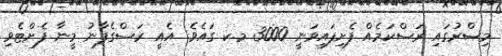
މިޞްރުގައި ރަސްކަމެއް ފެށިފައިވަނީ 3000 މ.ކ ގައެވެ. އެއީ ރަސްގެފާނު މީނާ ފެށްޓެވި